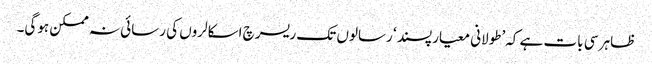
ظاہر سی بات ہے کہ’طولانی معیارپسند ‘ رسالوں تک ریسرچ اسکالروں کی رسائی نہ ممکن ہوگی۔